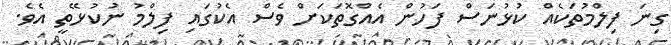
ގިނަ ފިލްމުތަކެއް ކުޅުނަސް ފަހުން އެއްގޮތަކަށް ވެސް އެކުގައި ފިލްމު ނުކުޅޭތީ އެވެ.